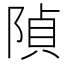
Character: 𨺟